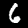
Digit: 6